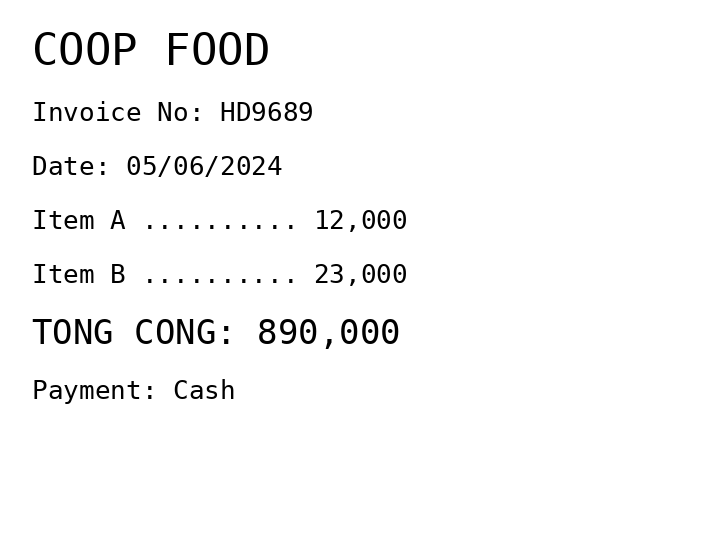
COOP FOOD
Invoice No: HD9689
Date: 05/06/2024
Item A .......... 12,000
Item B .......... 23,000
TONG CONG: 890,000
Payment: Cash
Merchant: coop food
Date: 2024-06-05
Total: 890000
Invoice No: HD9689
Payment method: CASH